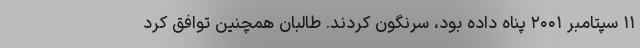
۱۱ سپتامبر ۲۰۰۱ پناه داده بود، سرنگون کردند. طالبان همچنین توافق کرد